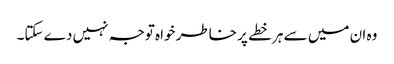
وہ ان میں سے ہر خطے پر خاطر خواہ توجہ نہیں دے سکتا۔